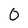
Character: 0